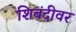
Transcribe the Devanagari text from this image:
शिबंदीवर